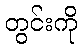
တွင်းကို